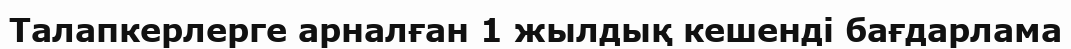
Талапкерлерге арналған 1 жылдық кешенді бағдарлама